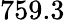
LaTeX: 759.3